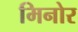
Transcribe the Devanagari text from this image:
मिनोर